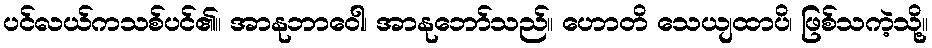
ပင်လယ်ကသစ်ပင်၏။ အာနုဘာဝေါ၊ အာနုဘော်သည်။ ဟောတိ သေယျထာပိ၊ ဖြစ်သကဲ့သို့။